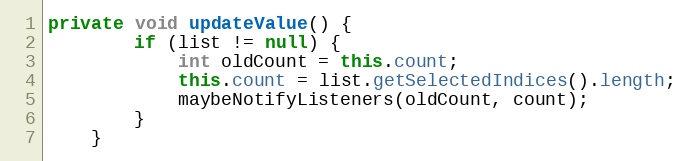
Language: Java
private void updateValue() {
        if (list != null) {
            int oldCount = this.count;
            this.count = list.getSelectedIndices().length;
            maybeNotifyListeners(oldCount, count);
        }
    }